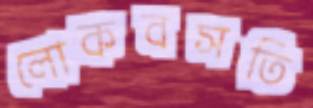
লোকবসতি